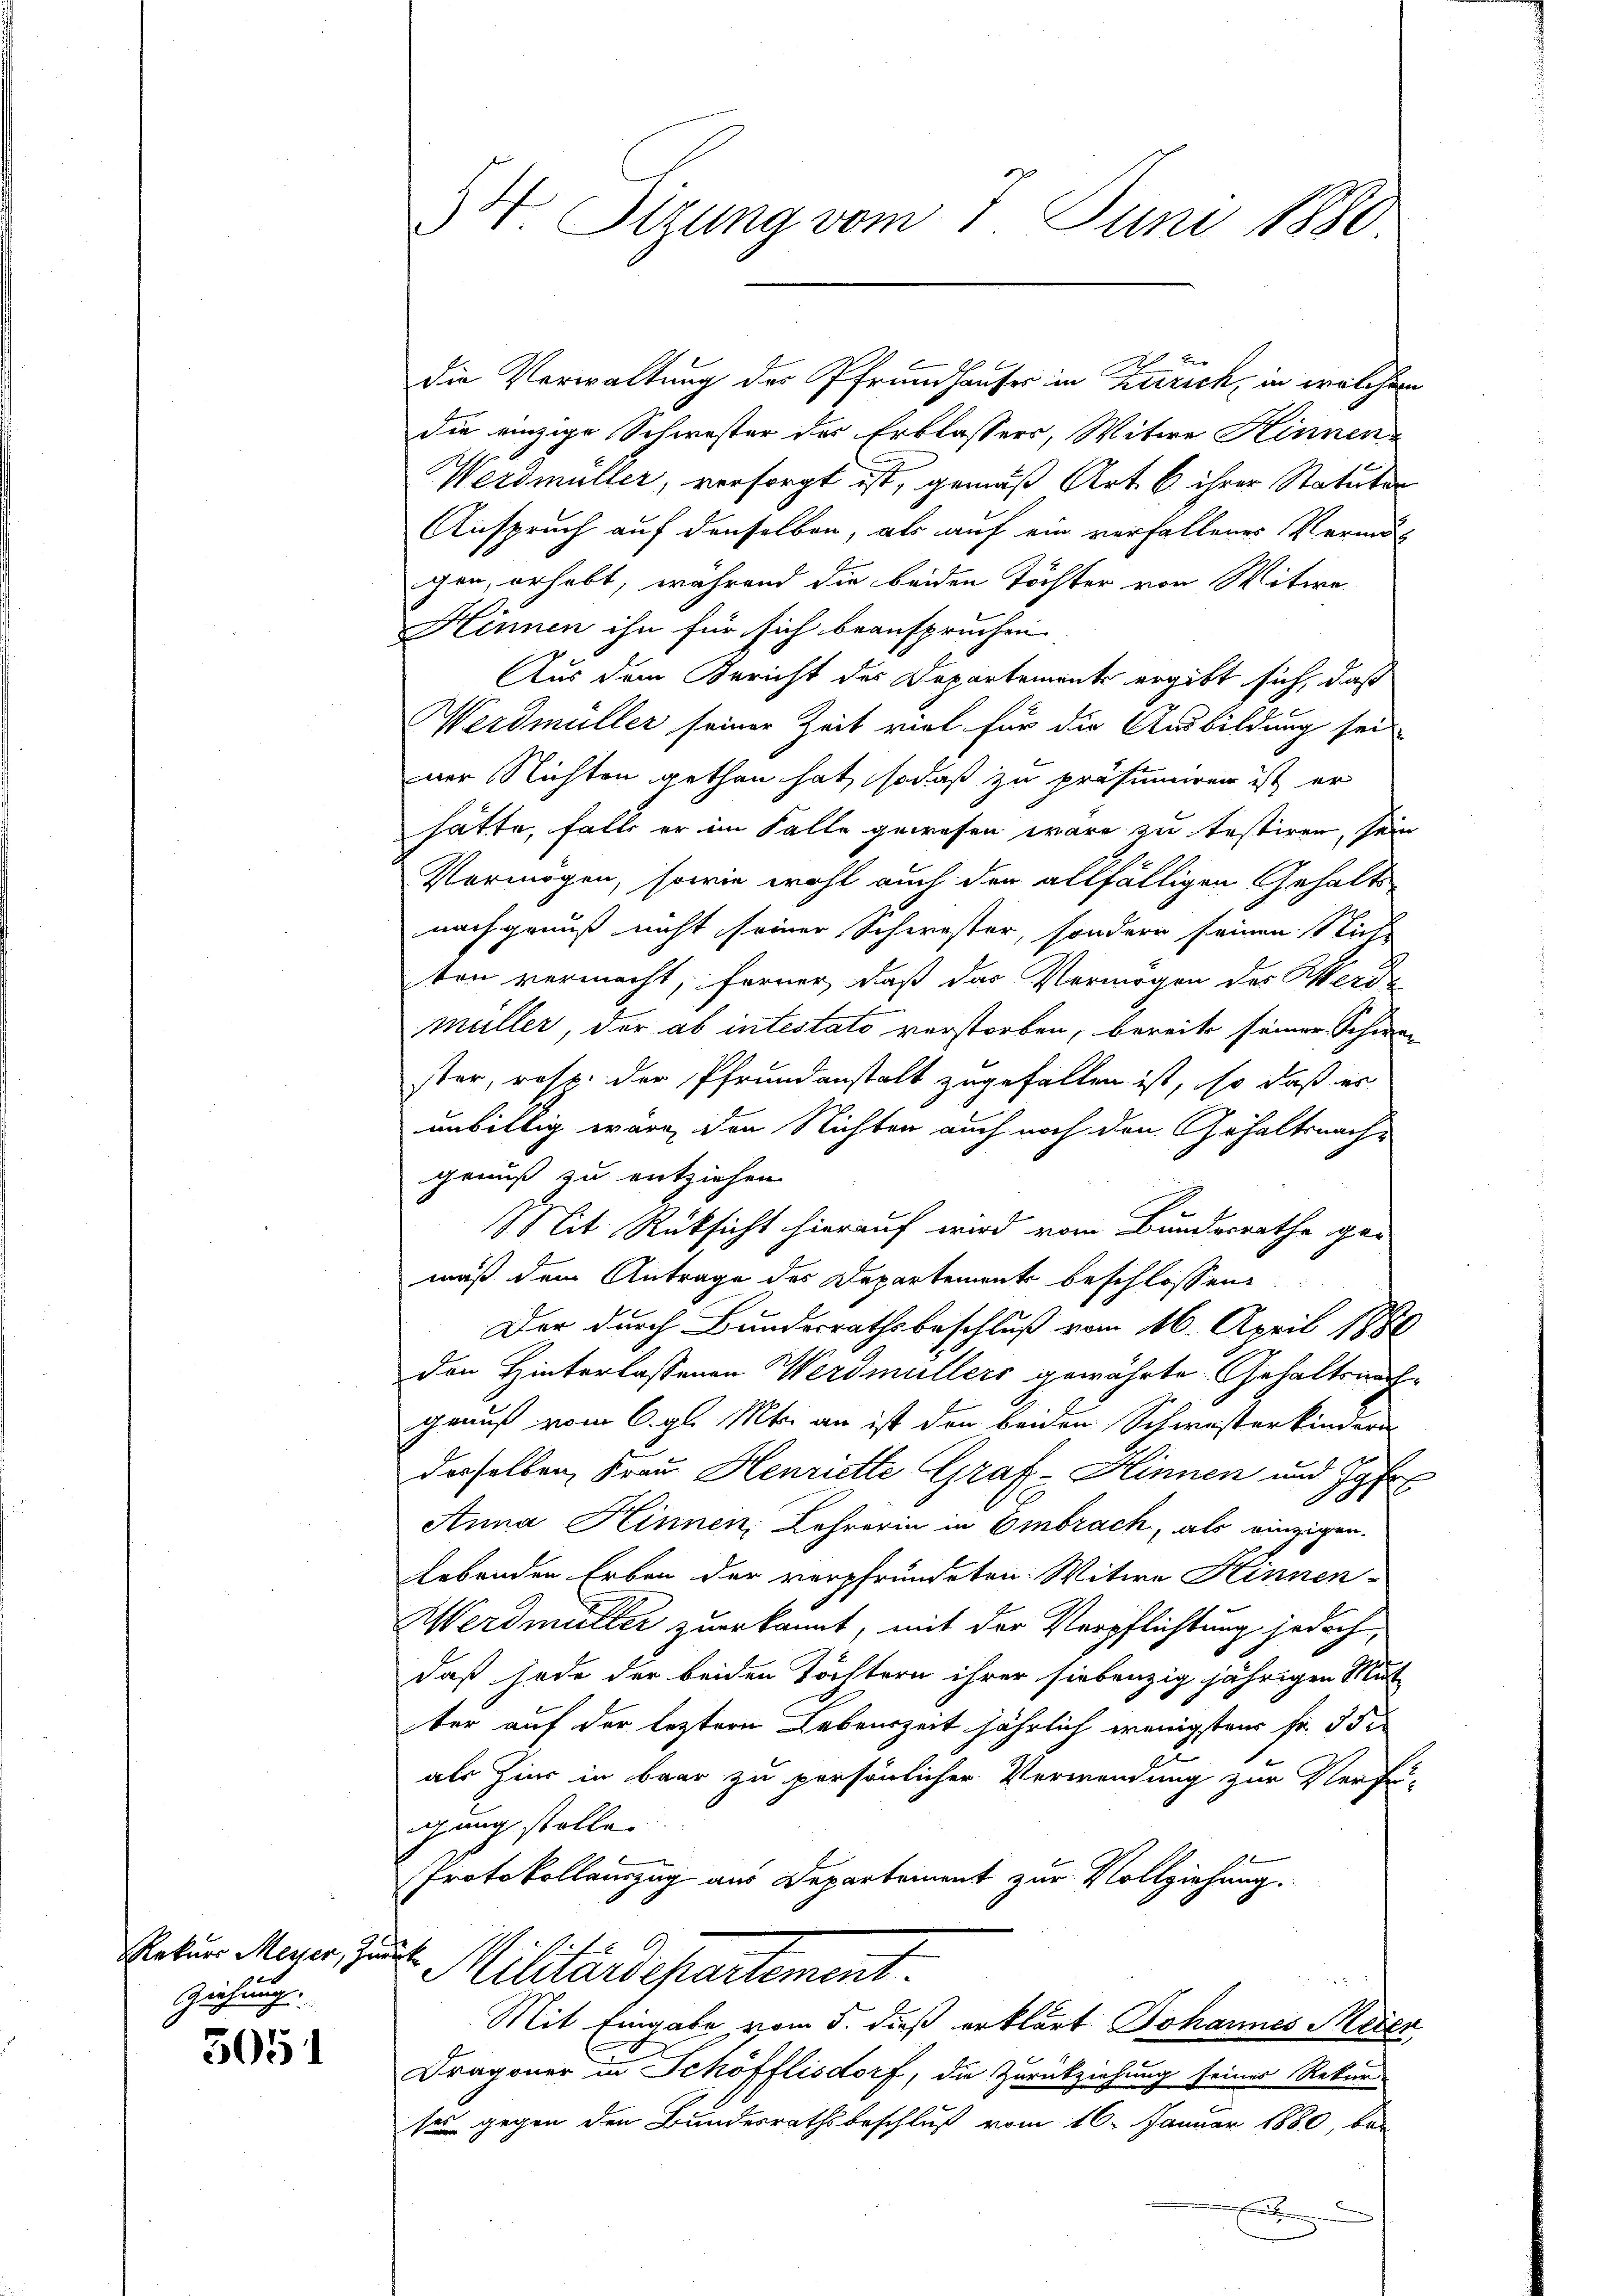
Ziehung.

5051

die Verwaltung des Pfrundhauses in Zürich, in welchem
die einzige Schwester des Erblassers, Witwe Hinnen¬
Werdmüller, versorgt ist, gemäß Art. 6 ihrer Statuten
Anspruch auf denselben, als auf ein verfallenes Vermög
gen, erhebt, während die beiden Töchter von Witwe
Hönnen ihn für sich beanspruchen
Aus dem Bericht des Departements ergibt sich, daß
Werdmüller seiner Zeit viel für die Ausbildung sei
ner Nichten gethan hat, sodaß zu präsumieren ist er
hätte, falls er im Falle gewesen wäre zu testiren, sein
Vermögen, sowie wohl auch den allfälligen Gehaltsnachgenuß nicht seiner Schwester, sondern seinen Nicht
ten vermacht, ferner, daß das Vermögen des Werde
müller, der ab intestato verstorben, bereits seiner Schwester, rest der Pfrundanstalt zugefallen ist, so daß er
unbillig wäre, den Nichten auch noch den Gehaltsnachgenuß zu entziehen
Mit Rüksicht hierauf wird vom Bundesrathe ge-
mäß dem Antrage des Departement beschlossen:
Der durch Bundesrathsbeschluß vom 16. April 1880
den Hinterlassenen Werdmüllers gewährte Gehaltsnachgrauf vom 6. gl. Mts. an ist den beiden Schwisterkindern
desselben Frau Henriette Graf - Hinnen und Jose
2
Anna Hinnen, Lehrerin in Embrach, als einzigen.
Lebenden Erben der verpfründeten Witwe Hinnen-
Werdmüller zuerkannt, mit der Verpflichtung jedoch
daß jede der beiden Töchtern ihrer siebenzig jährigen Mut
ter auf der leztern Lebenszeit jährlich wenigsten Fr. 55
als Zins in baar zu persönlicher Verwendung zur Verfü-
igung stolle.
Protokollauszug aus Departement zur Vollziehung.
f
Noten Miser Parten Milirardepartement.

Mit Eingabe vom 5. dieß erklärt. Johannes Meier,
Dragoner in Schöfflisdorf, die Zurückziehung seiner Rekurses gegen den Bundesrathsbeschluß vom 16. Januar 1880, be-
E

54. Sizung vom 7. Juni 1880